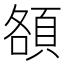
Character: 頟